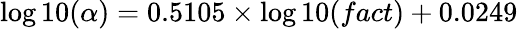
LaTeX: \log 10(\alpha)=0.5105\times\log 10(fact)+0.0249